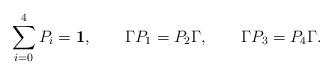
LaTeX: \begin{align*}\sum_{i=0}^4 P_i = {\bf 1}, \qquad\Gamma P_1 = P_2 \Gamma, \qquad\Gamma P_3 = P_4 \Gamma.\end{align*}